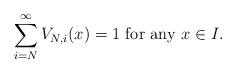
LaTeX: \begin{align*} \sum_{i=N}^{\infty}V_{N,i}(x)=1 \mbox{ for any }x \in I.\end{align*}